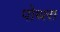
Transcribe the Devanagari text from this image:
पोथरा